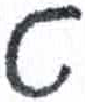
אות: ט